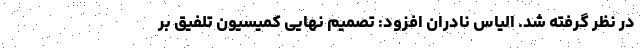
در نظر گرفته شد. الیاس نادران افزود: تصمیم نهایی کمیسیون تلفیق بر